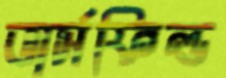
ভার্সফিল্ড